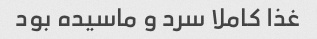
غذا کاملا سرد و ماسیده بود